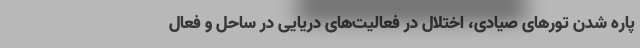
پاره شدن تورهای صیادی، اختلال در فعالیت‌های دریایی در ساحل و فعال